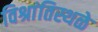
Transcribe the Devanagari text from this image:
विश्रांतिस्थळे